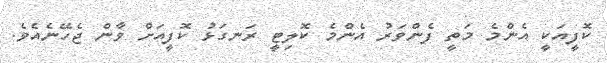
ކޮފީއަކީ އެންމެ މަތީ ފެންވަރު އެންމެ ކޮލިޓީ ރަނގަޅު ކޮފީއަށް ވާން ޖެހޭނެއެވެ.